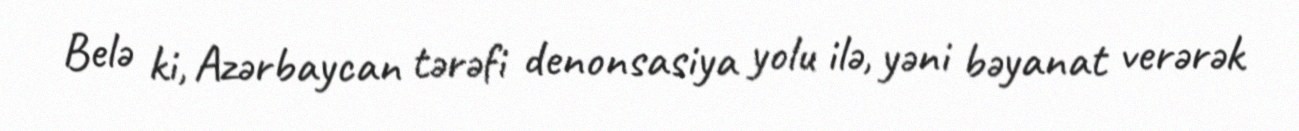
Belə ki, Azərbaycan tərəfi denonsasiya yolu ilə, yəni bəyanat verərək